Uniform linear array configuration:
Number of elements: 8
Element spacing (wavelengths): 0.75
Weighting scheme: exponential
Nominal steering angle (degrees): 60
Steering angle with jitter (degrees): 58.186
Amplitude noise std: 0.05
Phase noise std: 0.05

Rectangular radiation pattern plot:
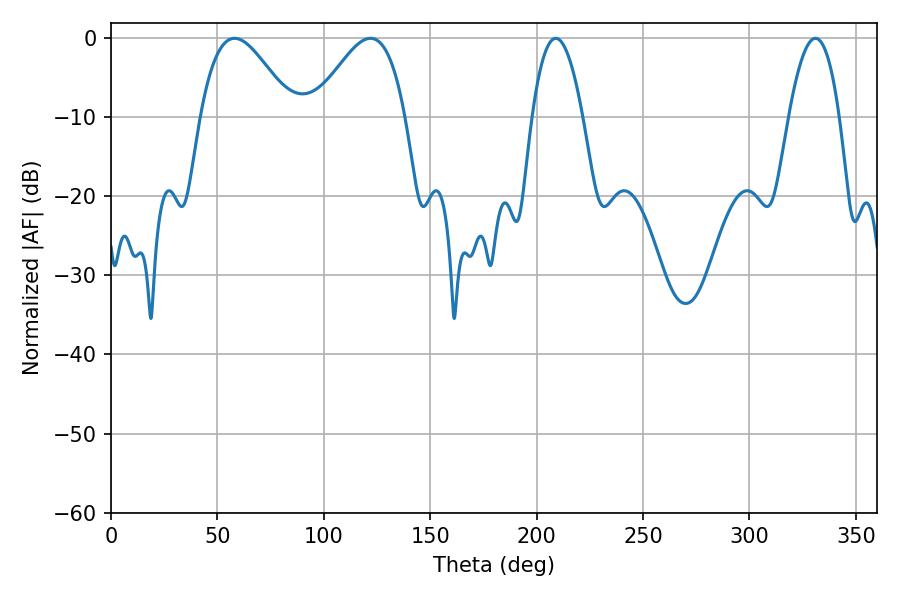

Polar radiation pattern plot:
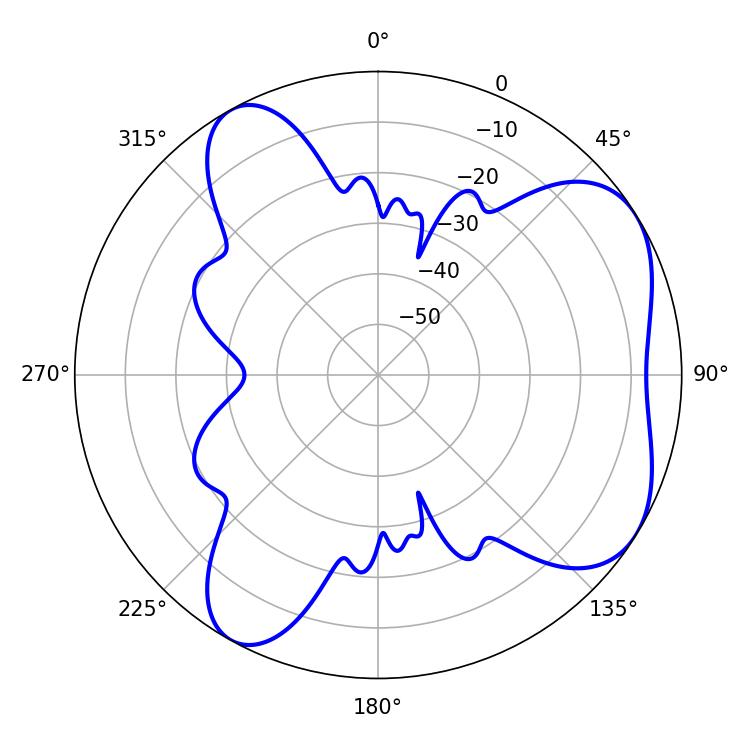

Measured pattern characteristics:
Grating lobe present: TRUE
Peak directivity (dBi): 5.642
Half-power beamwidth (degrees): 13.14
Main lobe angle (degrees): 208.98